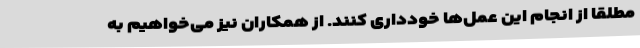
مطلقا از انجام این عمل‌ها خودداری کنند. از همکاران نیز می‌خواهیم به